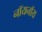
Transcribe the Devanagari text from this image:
नॉयनॉय